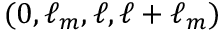
( 0 , \ell _ { m } , \ell , \ell + \ell _ { m } )